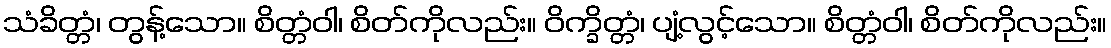
သံခိတ္တံ၊ တွန့်သော။ စိတ္တံဝါ၊ စိတ်ကိုလည်း။ ဝိက္ခိတ္တံ၊ ပျံ့လွင့်သော။ စိတ္တံဝါ၊ စိတ်ကိုလည်း။